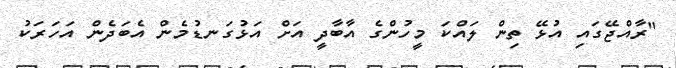
"ރާއްޖޭގައި އުޅޭ ތިން ލައްކަ މީހުންގެ އާބާދީ އަށް އަޅުގަނޑުމެން އެބަދެން އަހަރަކު